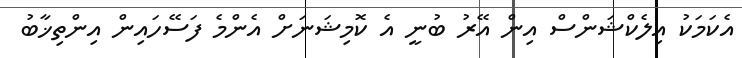
އެކަމަކު އިލެކްޝަންސް އިން އޭރު ބުނީ އެ ކޮމިޝަނަށް އެންމެ ފަސޭހައިން އިންތިޚާބު